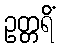
ဥတ္တရိံ